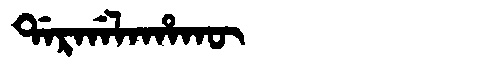
Manchu: ᡩᠠᡵᡤᠠᠯᠠᡥᠠᡴᡡ
Romanization: DARGALAHAKŪ